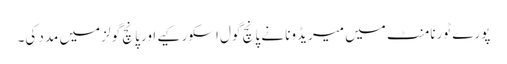
پورے ٹورنامنٹ میں میریڈونا نے پانچ گول اسکور کیے اور پانچ گولز میں مدد کی۔